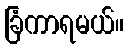
ခြံကာရမယ်။